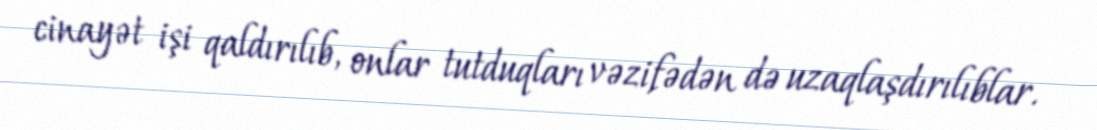
cinayət işi qaldırılıb, onlar tutduqları vəzifədən də uzaqlaşdırılıblar.